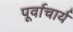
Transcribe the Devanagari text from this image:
पूर्वाचार्य